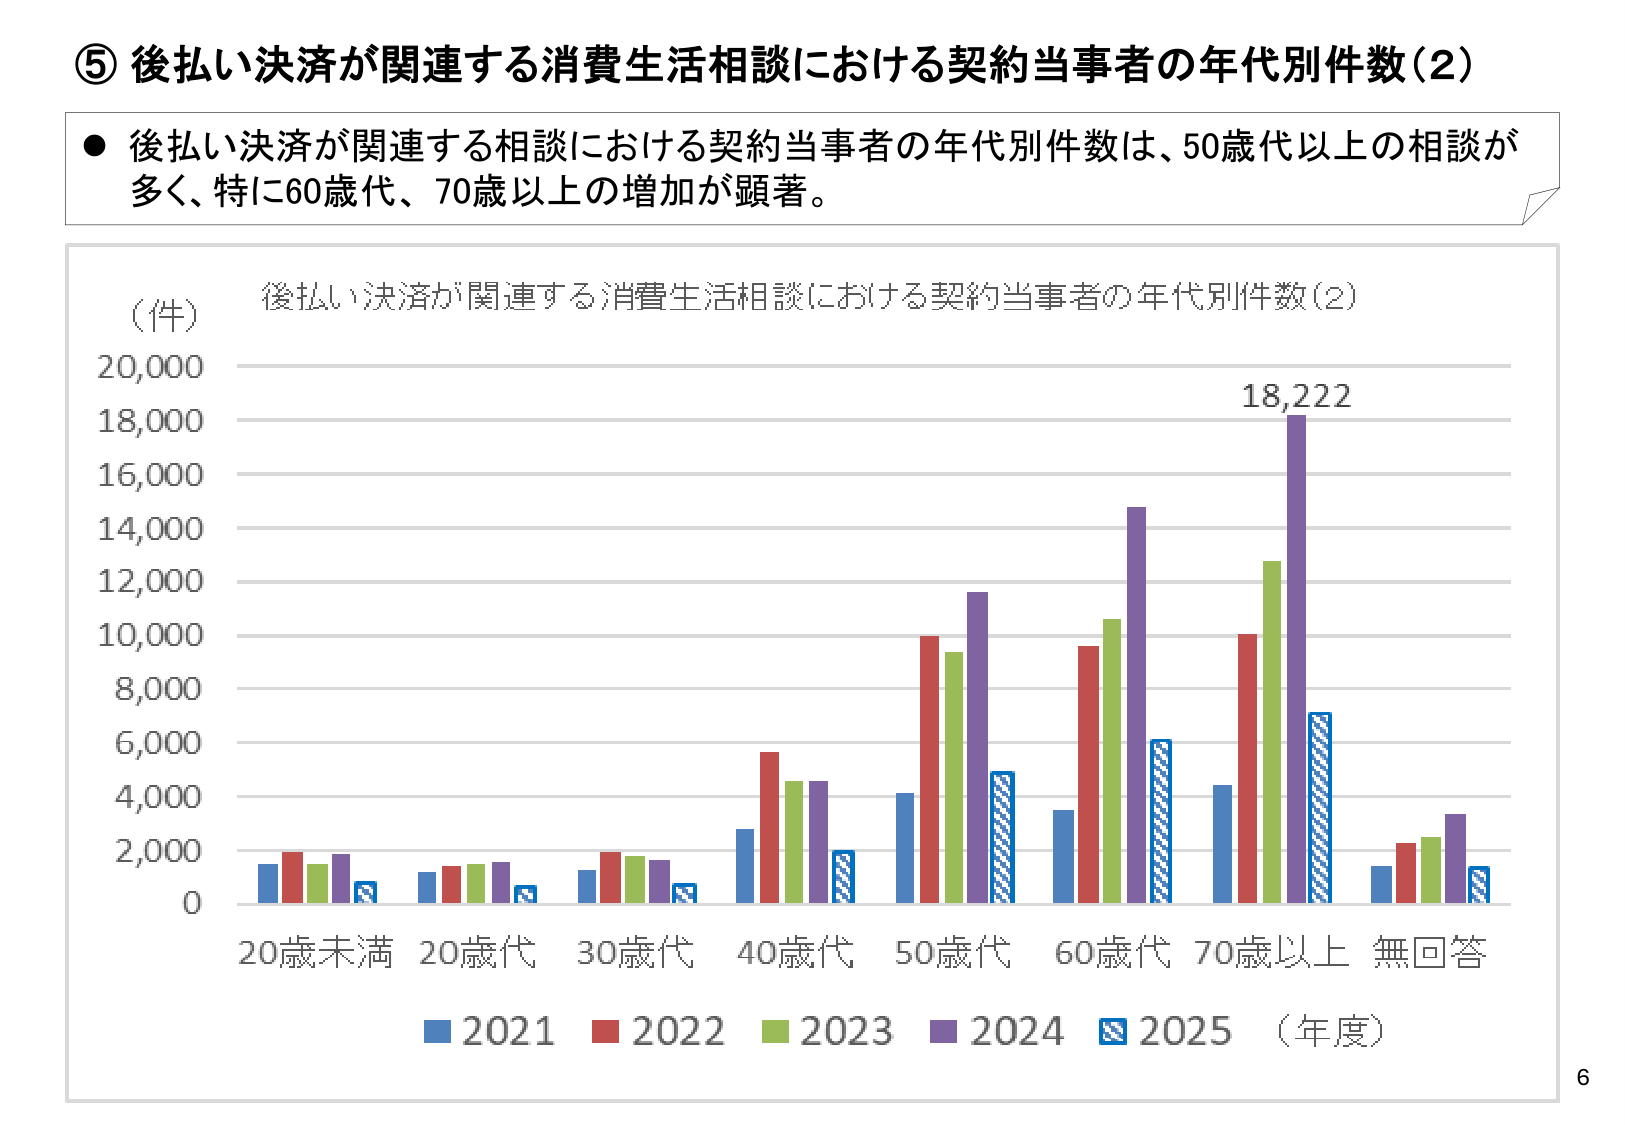
⑤ 後払い決済が関連する消費生活相談における契約当事者の年代別件数（2）

● 後払い決済が関連する相談における契約当事者の年代別件数は、50歳代以上の相談が多く、特に60歳代、70歳以上の増加が顕著。

（件）
後払い決済が関連する消費生活相談における契約当事者の年代別件数（2）

20,000
18,000
16,000
14,000
12,000
10,000
8,000
6,000
4,000
2,000
0

20歳未満 20歳代 30歳代 40歳代 50歳代 60歳代 70歳以上 無回答

■ 2021 ■ 2022 ■ 2023 ■ 2024 ■ 2025 （年度）

18,222

6